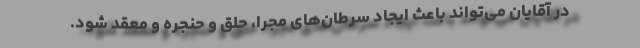
در آقایان می‌تواند باعث ایجاد سرطان‌های مجرا، حلق و حنجره و معقد شود.